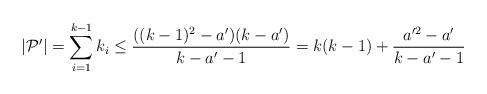
LaTeX: \begin{align*} |\mathcal{P}'|=\sum^{k-1}_{i=1}k_{i}\leq\frac{((k-1)^{2}-a')(k-a')}{k-a'-1}=k(k-1)+\frac{a'^{2}-a'}{k-a'-1}\; \end{align*}